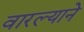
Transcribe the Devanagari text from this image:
वारल्याने